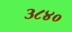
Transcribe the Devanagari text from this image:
३८४०